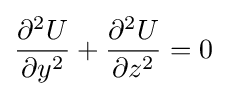
{\frac {\partial ^{2}U}{\partial y^{2}}}+{\frac {\partial ^{2}U}{\partial z^{2}}}=0